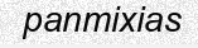
panmixias